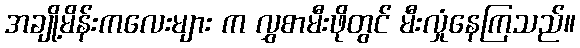
အချို့မိန်းကလေးများ က လွှစာမီးဖိုတွင် မီးလှုံနေကြသည်။